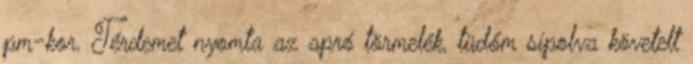
pm-kor. Térdemet nyomta az apró törmelék, tüdőm sípolva követelt